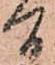
間